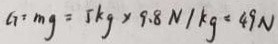
G = m g = 5 k g \times 9 . 8 N / k g = 4 9 N